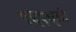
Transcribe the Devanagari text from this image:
एस्‌एस्‌सी